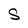
Character: S